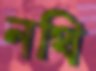
নথি